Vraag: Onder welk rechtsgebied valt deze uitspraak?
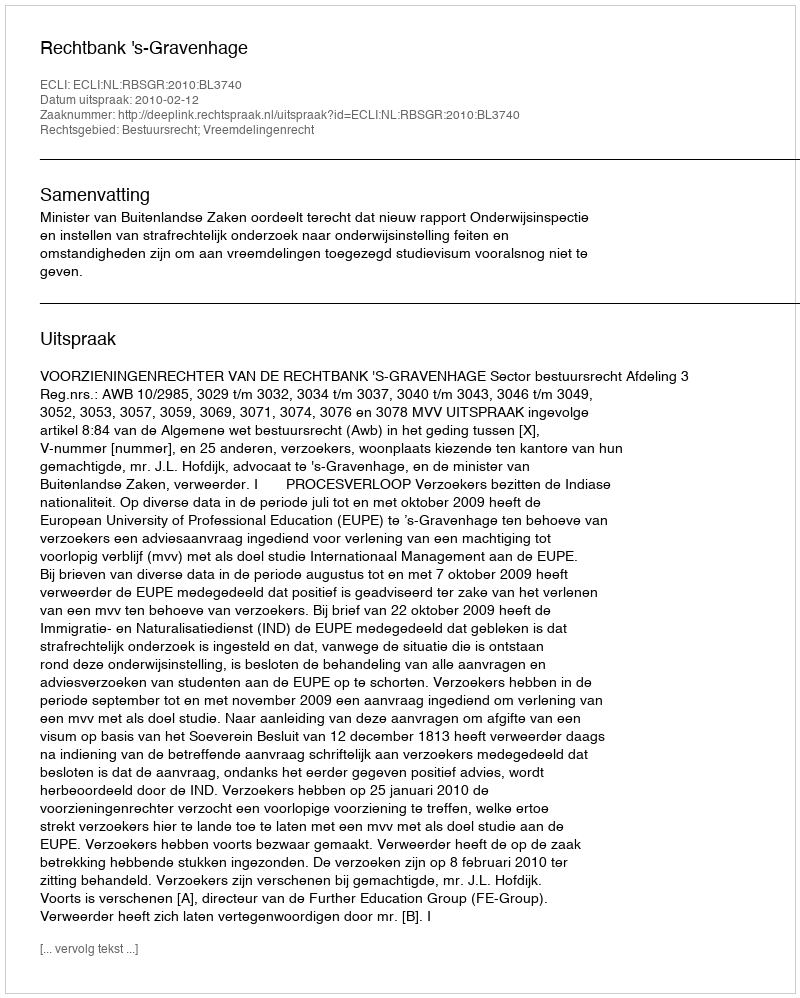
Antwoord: Bestuursrecht; Vreemdelingenrecht